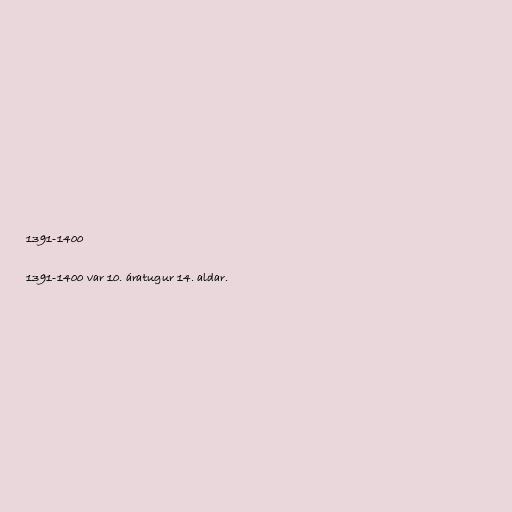
1391-1400

1391-1400 var 10. áratugur 14. aldar.